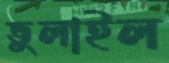
ভুলাইল